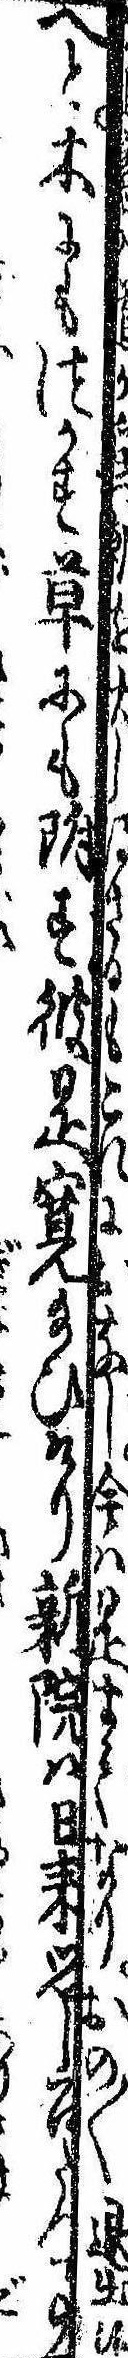
へと木にもつかず草にも附ず彼是寛給ひけり新院は日来思し召たつ事